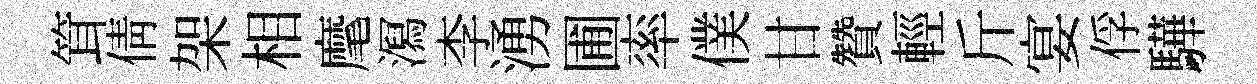
䇯倩架相麾㵼李湧圃率僕甘贊輕斤宴俘驊